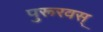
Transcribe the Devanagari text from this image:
पुरूरवस्